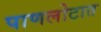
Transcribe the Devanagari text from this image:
पाणलोटात